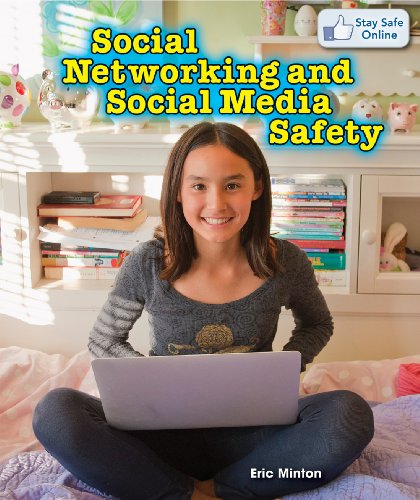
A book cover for Social Networking and Social Media Safety (Stay Safe Online); Eric Minton; Children's Books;